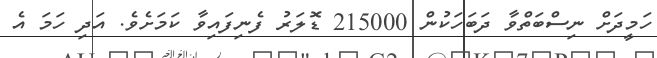
ހަމީދަށް ނިސްބަތްވާ ދަބަހަކުން 215000 ޑޮލަރު ފެނިފައިވާ ކަމަށެވެ. އަދި ހަމަ އެ